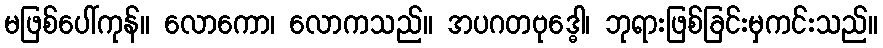
မဖြစ်ပေါ်ကုန်။ လောကော၊ လောကသည်။ အပဂတဗုဒ္ဓေါ၊ ဘုရားဖြစ်ခြင်းမှကင်းသည်။